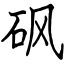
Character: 砜